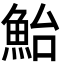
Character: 鮐